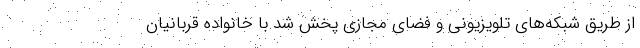
از طریق شبکه‌های تلویزیونی و فضای مجازی پخش شد با خانواده قربانیان